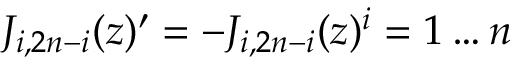
J _ { i , 2 n - i } ( z ) ^ { \prime } = - J _ { i , 2 n - i } ( z ) \sp i = 1 \ldots n